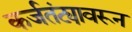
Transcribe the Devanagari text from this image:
कर्जतंट्यावरून